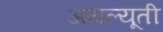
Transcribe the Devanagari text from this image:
अयल्यूती